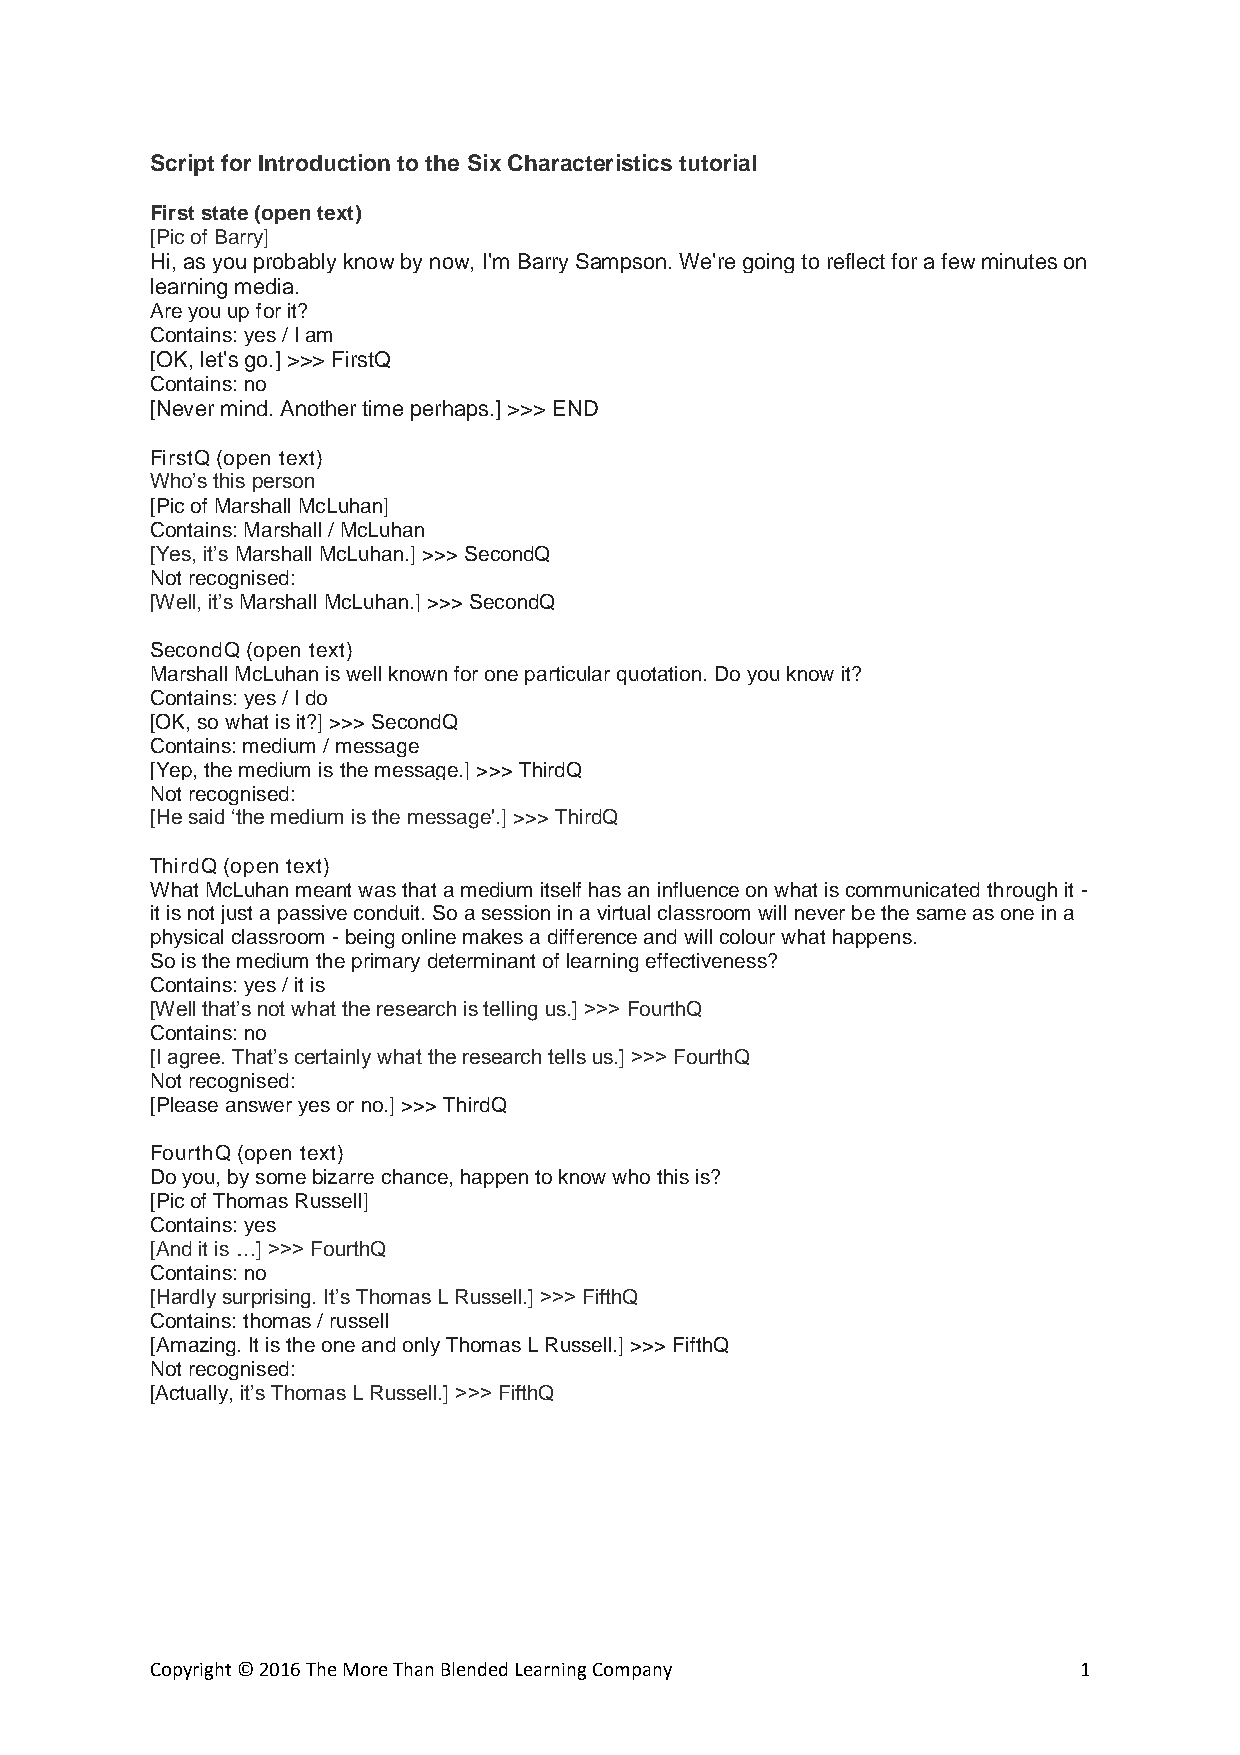
Script for Introduction to the Six Characteristics tutorial
 First state (open text)
 [Pic of Barry]
 Hi, as you probably know by now, I'm Barry Sampson. We're going to reflect for a few minutes on
 learning media.
 Are you up for it?
 Contains: yes / I am
 [OK, let's go.] >>> FirstQ
 Contains: no
 [Never mind. Another time perhaps.] >>> END
 FirstQ (open text)
 Who’s this person
 [Pic of Marshall McLuhan]
 Contains: Marshall / McLuhan
 [Yes, it’s Marshall McLuhan.] >>> SecondQ
 Not recognised:
 [Well, it’s Marshall McLuhan.] >>> SecondQ
 SecondQ (open text)
 Marshall McLuhan is well known for one particular quotation. Do you know it?
 Contains: yes / I do
 [OK, so what is it?] >>> SecondQ
 Contains: medium / message
 [Yep, the medium is the message.] >>> ThirdQ
 Not recognised:
 [He said ‘the medium is the message'.] >>> ThirdQ
 ThirdQ (open text)
 What McLuhan meant was that a medium itself has an influence on what is communicated through it -
 it is not just a passive conduit. So a session in a virtual classroom will never be the same as one in a
 physical classroom - being online makes a difference and will colour what happens.
 So is the medium the primary determinant of learning effectiveness?
 Contains: yes / it is
 [Well that’s not what the research is telling us.] >>> FourthQ
 Contains: no
 [I agree. That’s certainly what the research tells us.] >>> FourthQ
 Not recognised:
 [Please answer yes or no.] >>> ThirdQ
 FourthQ (open text)
 Do you, by some bizarre chance, happen to know who this is?
 [Pic of Thomas Russell]
 Contains: yes
 [And it is …] >>> FourthQ
 Contains: no
 [Hardly surprising. It’s Thomas L Russell.] >>> FifthQ
 Contains: thomas / russell
 [Amazing. It is the one and only Thomas L Russell.] >>> FifthQ
 Not recognised:
 [Actually, it’s Thomas L Russell.] >>> FifthQ
 Copyright © 2016 The More Than Blended Learning Company      1